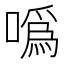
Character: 噅